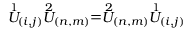
\stackrel { 1 } { U } _ { ( i , j ) } \stackrel { 2 } { U } _ { ( n , m ) } = \stackrel { 2 } { U } _ { ( n , m ) } \stackrel { 1 } { U } _ { ( i , j ) }